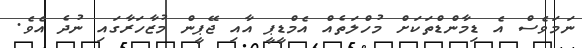
ނަމަވެސް އެ ޑިމާންޑްތަކަށް މުހްލަތެއް އެމްޑީޕީ އާއި ޖޭޕީން މުޒާހަރާގައި ނުދެ އެވެ.